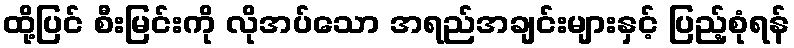
ထို့ပြင် စီးမြင်းကို လိုအပ်သော အရည်အချင်းများနှင့် ပြည့်စုံရန်